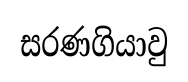
සරණගියාවු